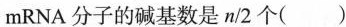
mRNA分子的碱基数是n/2个（）